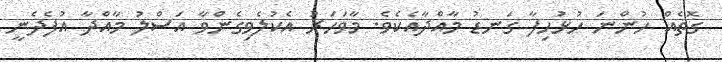
ގޮތެއް ހުންނަ ހުޅުހިފާ ގަނޑު މާއްދާއެކެވެ. މާވަހަރު އެކުލެވިގެންވާ އަސްލު މާއްދާ އުފެދެނީ